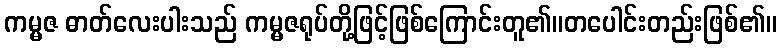
ကမ္မဇ ဓာတ်လေးပါးသည် ကမ္မဇရုပ်တို့ဖြင့်ဖြစ်ကြောင်းတူ၏။တပေါင်းတည်းဖြစ်၏။